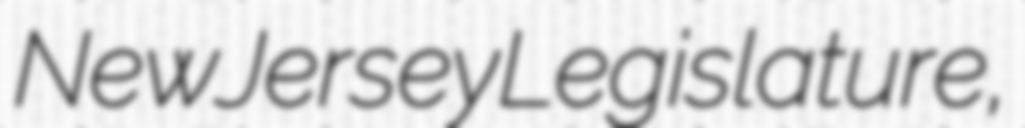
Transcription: New Jersey Legislature,